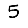
Digit: 5